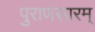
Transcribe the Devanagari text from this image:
पुराणसारम्